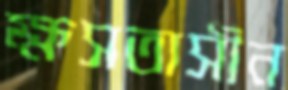
ক্ষসতাসীন